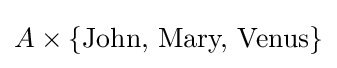
A\times \{{\text{John, Mary, Venus}}\}